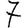
Digit: 7